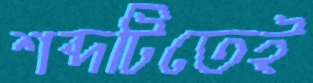
শব্দটিতেই